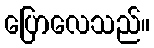
ပြောလေသည်။